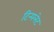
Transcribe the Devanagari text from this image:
टिन्पलेट